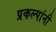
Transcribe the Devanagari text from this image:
प्रकल्पांनी